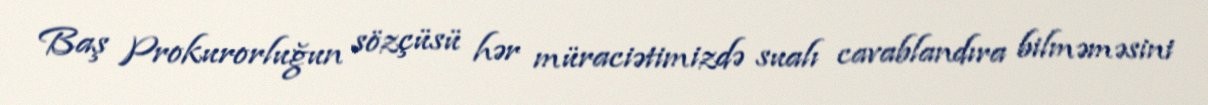
Baş Prokurorluğun sözçüsü hər müraciətimizdə sualı cavablandıra bilməməsini